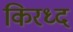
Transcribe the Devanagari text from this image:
किरध्द